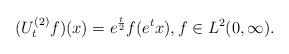
LaTeX: \begin{align*}(U_t^{(2)}f)(x)=e^{\frac{t}{2}}f(e^{t}x), f\in L^2(0,\infty).\end{align*}